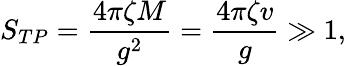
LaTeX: S_{TP}=\frac{4\pi\zeta M}{g^{2}}=\frac{4\pi\zeta v}{g}\gg 1,